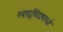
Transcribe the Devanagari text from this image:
स्वादुपिंडामध्ये